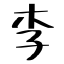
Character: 李